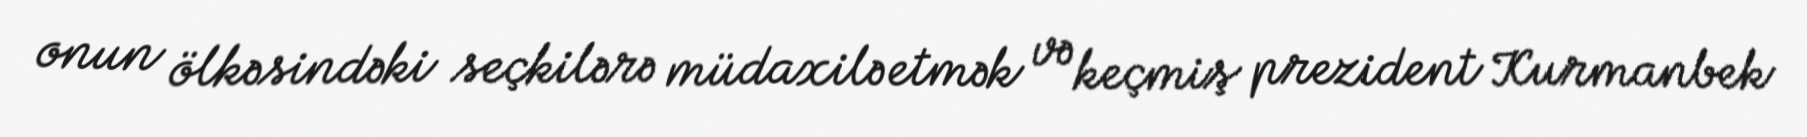
onun ölkəsindəki seçkilərə müdaxilə etmək və keçmiş prezident Kurmanbek